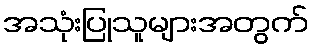
အသုံးပြုသူများအတွက်